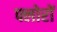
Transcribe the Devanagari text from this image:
फ्लोरों